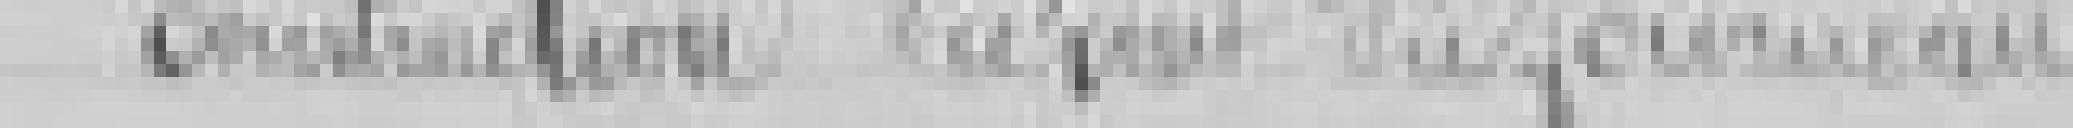
construction ? du fourneau